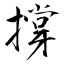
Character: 撐